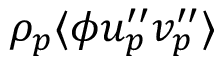
\rho _ { p } \langle \phi u _ { p } ^ { \prime \prime } v _ { p } ^ { \prime \prime } \rangle